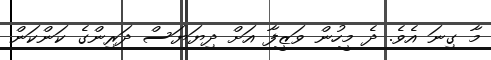
މާ ގިނަ އެވެ. ދެ މީހުން ވަޒީފާ އަށް ދިޔަޔަސް ދަރިންގެ ކަންކަން